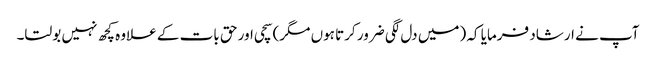
آپ نے ارشاد فرمایا کہ (میں دل لگی ضرور کرتا ہوں مگر) سچی اور حق بات کے علاوہ کچھ نہیں بولتا۔